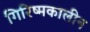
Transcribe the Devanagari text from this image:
गिरिष्मकालीन